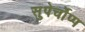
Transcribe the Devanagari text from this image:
सुपेर्चोप्प